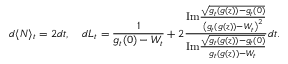
d \langle N \rangle _ { t } = 2 d t , \quad d L _ { t } = \frac { 1 } { g _ { t } ( 0 ) - W _ { t } } + 2 \frac { \mathrm { I m } \frac { \sqrt { g _ { t } ( g ( z ) ) - g _ { t } ( 0 ) } } { \left( g _ { t } ( g ( z ) ) - W _ { t } \right) ^ { 2 } } } { \mathrm { I m } \frac { \sqrt { g _ { t } ( g ( z ) ) - g _ { t } ( 0 ) } } { g _ { t } ( g ( z ) ) - W _ { t } } } d t .